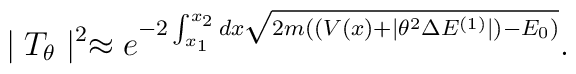
\mid T_{\theta}\mid^{2}\approx e^{-2\int^{x_{2}}_{x_{1}} dx \sqrt{2m((V(x)+\mid\theta^{2}\Delta E^{(1)}\mid)-E_{0})}}.